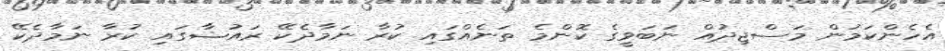
އެހެންކަމުން މަސްޖިދުއް ނަބަވީގެ ކޮންމެ ތަނެއްގައި ކުރާ ނަމާދެކޭ ރައުޟާގައި ކުރާ ނަމާދެކޭ